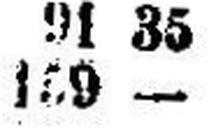
159 —